Report on sanitation, dispensaries, and jails in Rajputana for 1920, and on vaccination for the year 1920-1921 - 1920-1921
Year: 1920
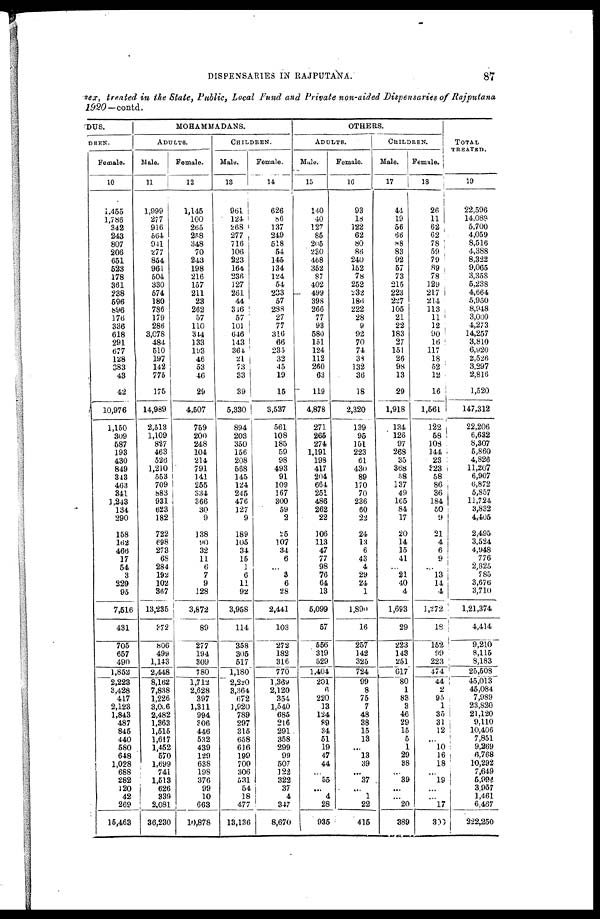
DISPENSARIES IN RAJPUTANA.
87
sex, treated in the State, Public, Local Fund and Private non-aided Dispensaries of Rajputana
1920 -contd.
DUS.
DREN.
Female.
10
1,455
1,786
342
243
807
206
651
523
178
361
238
596
896
176
336
618
291
677
128
383
43
42
10,976
1,150
309
587
193
430
849
343
463
341
1,243
134
290
158
162
466
17
54
3
229
95
7,516
431
705
657
490
1,852
2,223
3,428
417
2,123
1,843
487
845
440
580
648
1,028
688
282
120
42
269
15,463
MOHAMMADANS.
ADULTS.
Male.
11
1,999
277
916
564
941
277
854
961
504
330
574
180
786
179
286
3,078
484
510
197
142
775
175
14,989
2,513
1,109
827
463
526
1,210
553
709
883
931
623
182
722
698
273
68
284
192
102
367
13,235
372
806
499
1,143
2,448
8,162
7,838
1,226
3,006
2,482
1,363
1,515
1,617
1,452
570
1,699
741
1,513
626
339
2,081
36,230
Female.
12
1,145
100
265
258
348
70
243
198
216
157
211
23
262
57
110
314
133
193
46
53
46
29
4,507
759
200
248
104
214
791
141
255
334
366
30
9
138
90
32
11
6
7
9
128
3,872
89
277
194
309
780
1,712
2,628
397
1,311
994
306
446
532
439
129
638
198
376
99
10
663
10,878
CHILDREN.
Male.
13
961
124
268
277
716
106
223
164
236
127
261
44
316
57
101
646
143
361
21
73
33
39
5,330
894
203
350
156
208
568
145
124
245
476
127
9
189
105
34
15
1
6
11
92
3,958
114
358
305
517
1,180
2,220
3,364
672
1,920
789
297
315
658
616
199
700
306
531
54
18
477
13,136
Female.
14
626
86
137
249
518
54
145
134
124
54
233
57
283
27
77
316
66
235
32
45
19
15
3,537
561
108
185
59
98
493
91
109
167
300
59
2
25
107
34
6
...
3
6
28
2,441
103
272
182
316
770
1,369
2,120
354
1,540
685
216
291
358
299
99
507
122
322
37
4
347
8,670
OTHERS.
ADULTS.
Male.
15
140
40
127
85
205
230
468
352
87
402
499
398
266
77
93
580
151
124
112
260
63
119
4,878
271
265
274
1,191
198
417
204
664
251
486
262
22
106
113
47
77
98
76
64
13
5,099
57
556
319
529
1,404
201
6
220
13
124
89
34
51
19
47
44
...
55
...
4
28
935
Female.
16
93
18
122
62
80
86
240
152
78
252
232
186
222
28
9
92
70
74
38
132
36
18
2,320
139
95
151
223
61
430
89
170
70
236
60
22
24
13
6
43
4
29
24
1
1,890
16
257
142
325
724
99
8
75
7
48
38
15
13
...
13
39
...
37
...
1
22
415
CHILDREN.
Male.
17
44
19
56
66
88
83
92
57
73
215
223
227
105
21
22
183
27
151
26
98
13
29
1,918
134
126
97
268
35
368
58
137
49
165
84
17
20
14
15
41
...
21
40
4
1,693
29
223
143
251
617
80
1
83
3
46
29
15
5
1
29
38
...
39
...
...
20
389
Female.
18
26
11
62
62
78
59
79
89
78
129
217
214
113
11
12
90
10
117
18
52
12
16
1,561
122
58
103
144
23
323
58
86
36
184
50
9
21
4
6
9
...
13
14
4
1,272
18
152
99
223
474
44
2
95
1
35
31
12
...
10
16
18
...
19
...
...
17
300
TOTAL
TREATED.
19
22,596
14,089
5,700
4,059
8,516
4,388
8,322
9,065
3,358
5,238
4,664
5,950
8,948
3,000
4,273
14,257
3,810
6,920
2,526
3,297
2,816
1,520
147,312
22,206
6,632
8,307
5,860
4,826
11,207
6,907
6,872
5,857
11,724
3,832
4,405
2,495
3,524
4,948
776
2,825
785
3,676
3,710
1,21,374
4,414
9,210
8,115
8,183
25,508
45,013
45,084
7,989
23,820
21,120
9,110
10,406
7,851
9,269
6,768
10,292
7,649
5,994
3,957
1,461
6,467
222,250